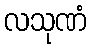
လသုဏံ